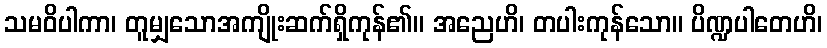
သမဝိပါကာ၊ တူမျှသောအကျိုးဆက်ရှိကုန်၏။ အညေဟိ၊ တပါးကုန်သော။ ပိဏ္ဍပါတေဟိ၊